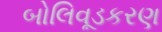
બોલિવૂડકરણ